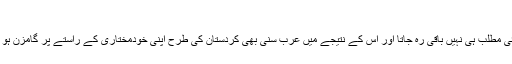
عراقی کردستان کی حکومت کی سیاسی سرگرمیوں ...
کردستان علاقے کی خودمختاری کے اعلان کے بعد متحد عراق کا کوئی مطلب ہی نہیں باقی رہ جاتا اور اس کے نتیجے میں عرب سنی بھی کردستان کی طرح اپنی خودمختاری کے راستے پر گامزن ہو جائیں اور عراقی حکومت تین آزاد حکومتوں میں تقسیم ہو کر رہ جائے۔